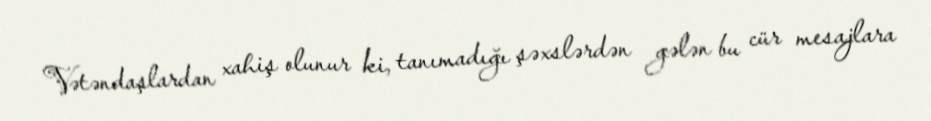
Vətəndaşlardan xahiş olunur ki, tanımadığı şəxslərdən gələn bu cür mesajlara